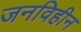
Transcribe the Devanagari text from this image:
जनविहीन